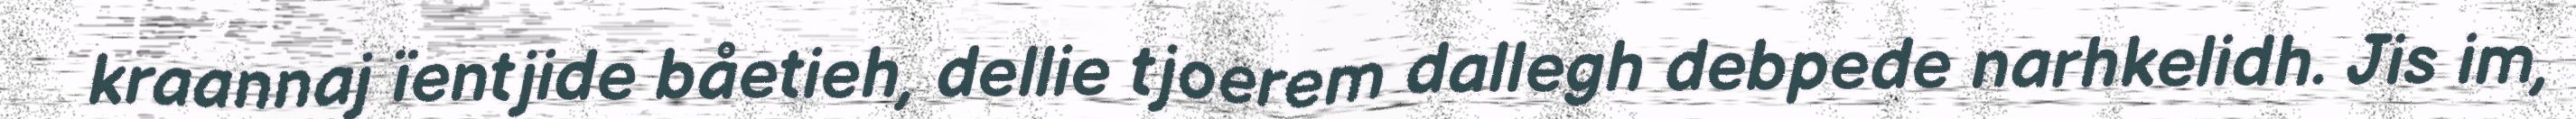
kraannaj ïentjide båetieh, dellie tjoerem dallegh debpede narhkelidh. Jis im,